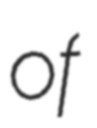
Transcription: of